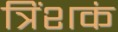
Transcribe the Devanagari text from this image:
त्रिंशकं